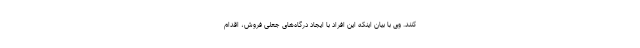
کنند. وی با بیان اینکه این افراد با ایجاد درگاه‌های جعلی فروش، اقدام